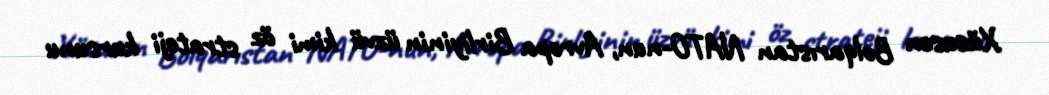
Xüsusən Bolqarıstan NATO-nun, Avropa Birliyinin üzvü kimi öz strateji kursunu